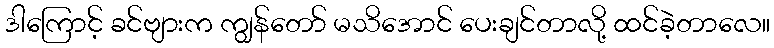
ဒါကြောင့် ခင်ဗျားက ကျွန်တော် မသိအောင် ပေးချင်တာလို့ ထင်ခဲ့တာလေ။